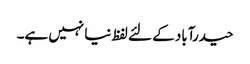
حیدرآباد کے لئے لفظ نیا نہیں ہے۔